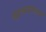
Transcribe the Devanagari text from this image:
संरचनाएंअब